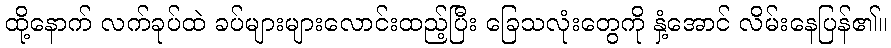
ထို့နောက် လက်ခုပ်ထဲ ခပ်များများလောင်းထည့်ပြီး ခြေသလုံးတွေကို နှံ့အောင် လိမ်းနေပြန်၏။